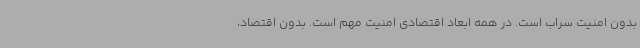
بدون امنیت سراب است. در همه ابعاد اقتصادی امنیت مهم است. بدون اقتصاد،